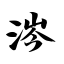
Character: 涔